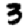
Digit: 3